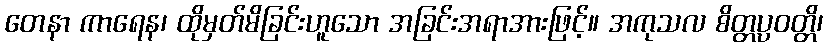
တေနာ ကာရေန၊ ထိုမှတ်မိခြင်းဟူသော အခြင်းအရာအားဖြင့်။ အကုသလ စိတ္တပ္ပဝတ္တိ၊